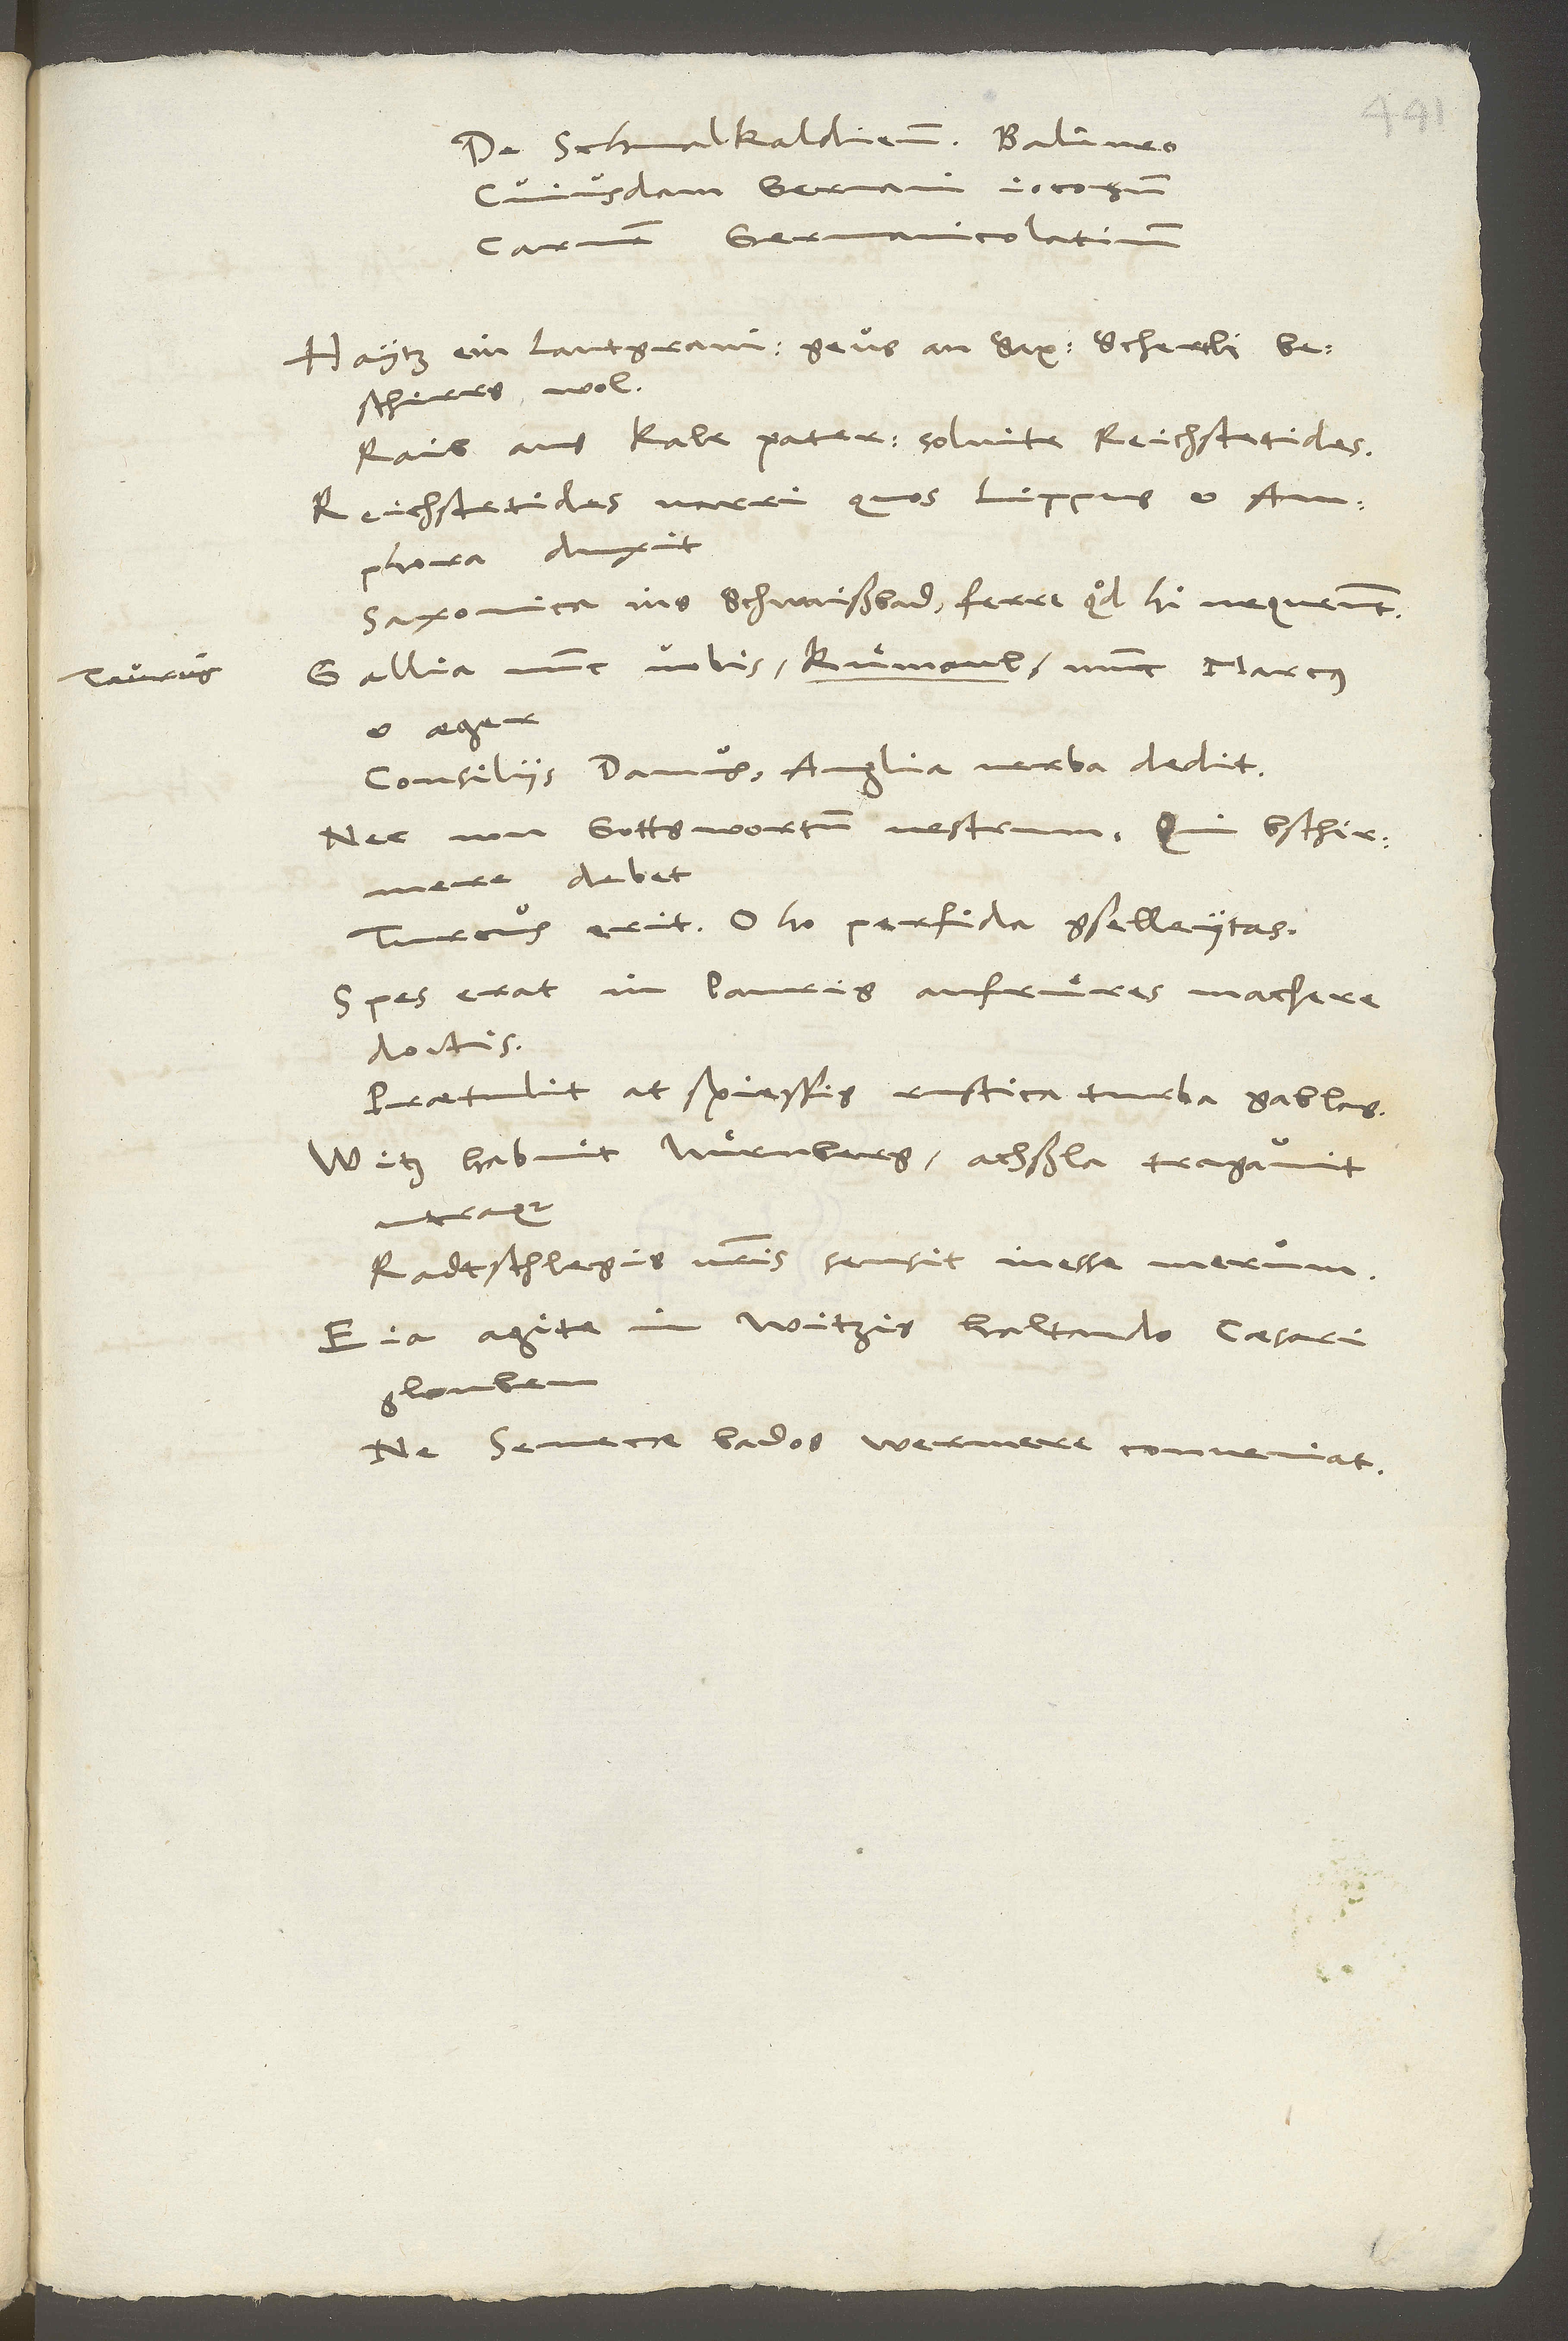
De Schmalkaldiensi balineo
cuiusdam Germani iocosum
Carmen Germanicolatinum.
Haytz ein, Lantgravi! Geus an, Sax! Schertli,
bescherrs wol!
Raib aus, Kale pater! solvite, Reichstetides,
Reichstetides narri, quos Lippus et Amphora
Saxonica ins Schwaißbad, ferre quod hi nequeunt!
Gallia nunc vobis, kuͤmaul, nunc Marcus
et aeger
Consiliis Danus, Anglia verba dedit.
Nec non Gottswortum vestrum, qui bschirmere
Turcus erit, o ho, perfida gselleytas!
Spes erat in pauris, aufruͤres machere
doctis!
Praetulit at spiessis rustica turba gablas.
Witz habuit Nuͤrnberg, achßla tragavit
Ratschlegis vestris sensit inesse merum.
Eia! Agite in Witzis haltando caesari
glouben
Ne Senecce bados wermere conveniat.